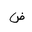
Letter: _dad